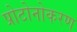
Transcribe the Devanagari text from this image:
प्रोटोनोकरण